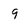
Character: 9